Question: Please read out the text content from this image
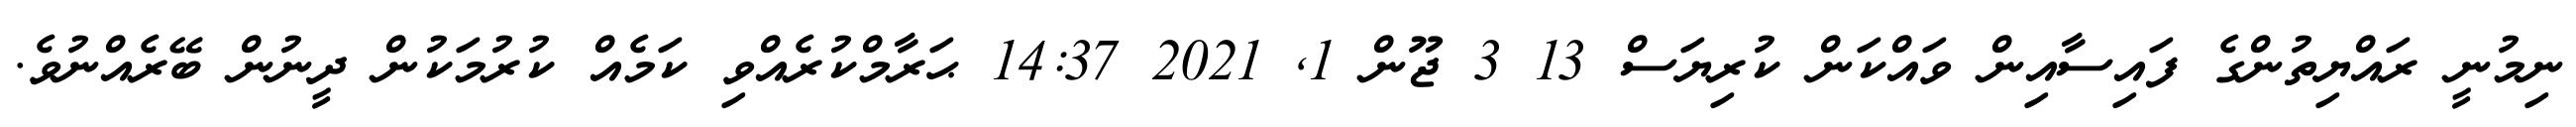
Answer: ނިމުނީ ރައްޔިތުންގެ ފައިސާއިން ވައްކަން ކުރިޔަސް 13 3 ޖޫން 1, 2021 14:37 ޙަރާމްކުރެއްވި ކަމެއް ކުރުމަކުން ދީނުން ބޭރެއްނުވެ.